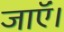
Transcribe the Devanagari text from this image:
जाऍं।